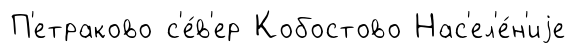
П'етраково с'е́в'ер Кобостово Нас'ел'е́н'иjе